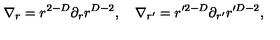
\nabla _ { r } = r ^ { 2 - D } \partial _ { r } r ^ { D - 2 } , \quad \nabla _ { r ^ { \prime } } = r ^ { \prime 2 - D } \partial _ { r ^ { \prime } } r ^ { \prime D - 2 } ,